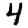
Digit: 4